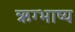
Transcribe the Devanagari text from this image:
ऋग्भाष्य